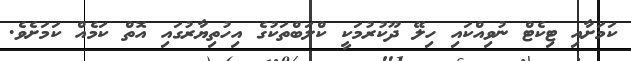
ކަމަށާއި ޓިކެޓް ނުވިއްކައި ހިލޭ ދޫކުރުމަކީ ކްލަބްތަކުގެ އިހުތިޔާރުގައި އޮތް ކަމެއް ކަމަށެވެ.